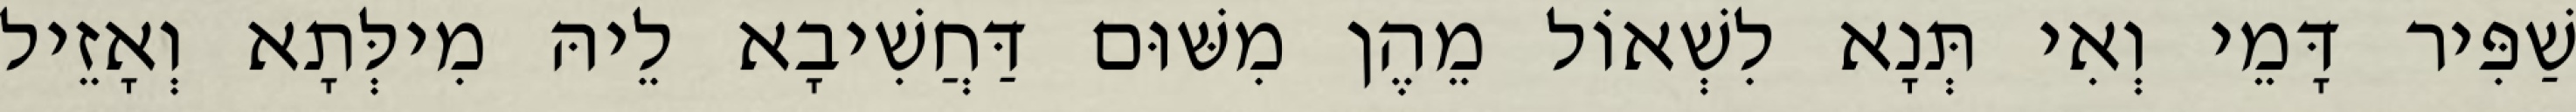
שַׁפִּיר דָּמֵי וְאִי תְּנָא לִשְׁאוֹל מֵהֶן מִשּׁוּם דַּחֲשִׁיבָא לֵיהּ מִילְּתָא וְאָזֵיל